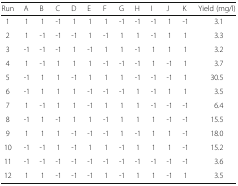
<table><thead><tr><td><b>Run</b></td><td><b>A</b></td><td><b>B</b></td><td><b>C</b></td><td><b>D</b></td><td><b>E</b></td><td><b>F</b></td><td><b>G</b></td><td><b>H</b></td><td><b>I</b></td><td><b>J</b></td><td><b>K</b></td><td><b>Yield (mg/l)</b></td></tr></thead><tbody><tr><td>1</td><td>1</td><td>1</td><td>-1</td><td>1</td><td>1</td><td>1</td><td>-1</td><td>-1</td><td>-1</td><td>1</td><td>-1</td><td>3.1</td></tr><tr><td>2</td><td>1</td><td>-1</td><td>-1</td><td>-1</td><td>1</td><td>-1</td><td>1</td><td>1</td><td>-1</td><td>1</td><td>1</td><td>3.3</td></tr><tr><td>3</td><td>-1</td><td>-1</td><td>-1</td><td>1</td><td>-1</td><td>1</td><td>1</td><td>-1</td><td>1</td><td>1</td><td>1</td><td>3.2</td></tr><tr><td>4</td><td>1</td><td>-1</td><td>1</td><td>1</td><td>1</td><td>-1</td><td>-1</td><td>-1</td><td>1</td><td>-1</td><td>1</td><td>3.7</td></tr><tr><td>5</td><td>-1</td><td>1</td><td>1</td><td>-1</td><td>1</td><td>1</td><td>1</td><td>-1</td><td>-1</td><td>-1</td><td>1</td><td>30.5</td></tr><tr><td>6</td><td>-1</td><td>1</td><td>1</td><td>1</td><td>-1</td><td>-1</td><td>-1</td><td>1</td><td>-1</td><td>1</td><td>1</td><td>3.5</td></tr><tr><td>7</td><td>1</td><td>-1</td><td>1</td><td>1</td><td>-1</td><td>1</td><td>1</td><td>1</td><td>-1</td><td>-1</td><td>-1</td><td>6.4</td></tr><tr><td>8</td><td>-1</td><td>1</td><td>-1</td><td>1</td><td>1</td><td>-1</td><td>1</td><td>1</td><td>1</td><td>-1</td><td>-1</td><td>15.5</td></tr><tr><td>9</td><td>1</td><td>1</td><td>1</td><td>-1</td><td>-1</td><td>-1</td><td>1</td><td>-1</td><td>1</td><td>1</td><td>-1</td><td>18.0</td></tr><tr><td>10</td><td>-1</td><td>-1</td><td>1</td><td>-1</td><td>1</td><td>1</td><td>-1</td><td>1</td><td>1</td><td>1</td><td>-1</td><td>15.2</td></tr><tr><td>11</td><td>-1</td><td>-1</td><td>-1</td><td>-1</td><td>-1</td><td>-1</td><td>-1</td><td>-1</td><td>-1</td><td>-1</td><td>-1</td><td>3.6</td></tr><tr><td>12</td><td>1</td><td>1</td><td>-1</td><td>-1</td><td>-1</td><td>1</td><td>-1</td><td>1</td><td>1</td><td>-1</td><td>1</td><td>3.5</td></tr></tbody></table>